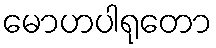
မောဟပါရုတော